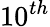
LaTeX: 10^{th}